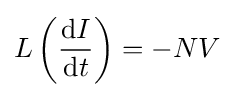
L\left({\mathrm {d} I \over \mathrm {d} t}\right)=-NV\,\!